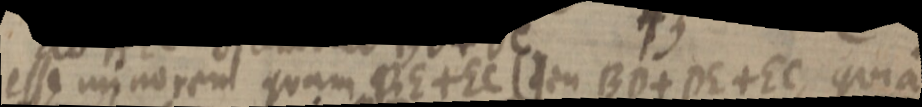
esse minorent quam RE + EC (seu BD + DE + EC, quia